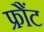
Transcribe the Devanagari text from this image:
फ्रौंट